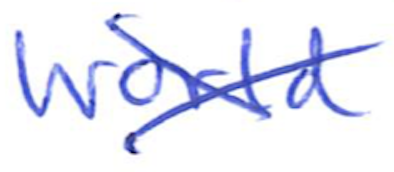
Text: World
Cross-out: mix
Writing tool: ballpoint